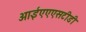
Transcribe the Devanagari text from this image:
आईएएएसटीडी